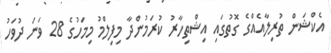
އެކްޝަން ތުރިލާއެއްގެ ގޮތުގައި އިޝްތިހާރު ކުރަމުންދާ މިފިލްމު މިމަހުގެ 28 ވަނަ ދުވަހު